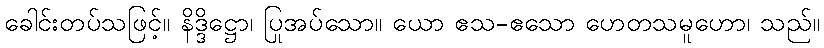
ခေါင်းတပ်သဖြင့်။ နိဒ္ဒိဋ္ဌော၊ ပြအပ်သော။ ယော ဧသ-ဧသော ဟေတုသမူဟော၊ သည်။